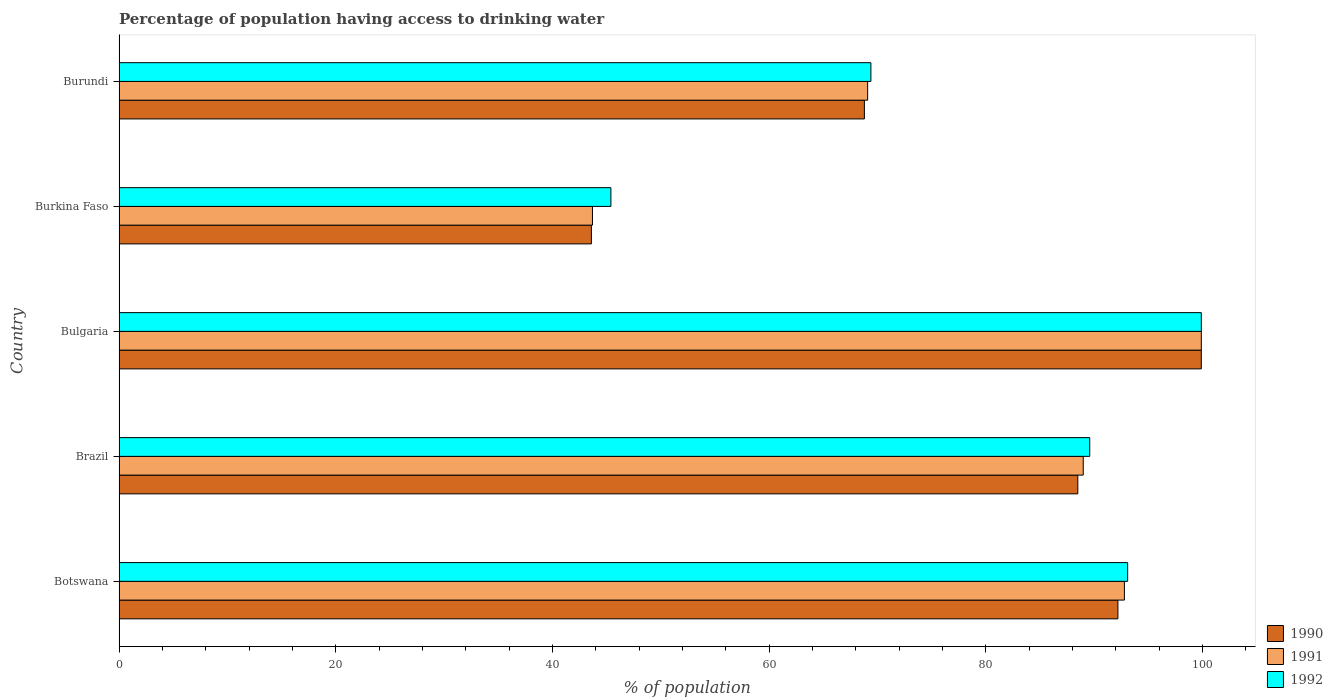
| Country | 1990 | 1991 | 1992 |
 | --- | --- | --- | --- |
 | Botswana | 92.2 | 92.8 | 93.1 |
 | Brazil | 88.5 | 89 | 89.6 |
 | Bulgaria | 99.9 | 99.9 | 99.9 |
 | Burkina Faso | 43.6 | 43.7 | 45.4 |
 | Burundi | 68.8 | 69.1 | 69.4 |